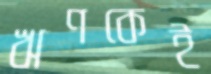
ঋণকেই